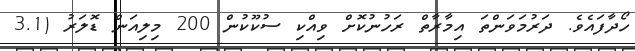
ހޯދާފައެވެ. ދަރުމަވަންތަ އިމާރާތް ރަހުނުކޮށް ވިއްކި ސުކޫކުން 200 މިލިއަން ޑޮލަރު (3.1